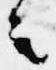
者